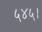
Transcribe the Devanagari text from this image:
५४५।